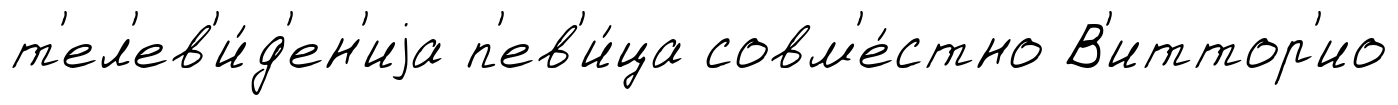
т'ел'ев'и́д'ен'иjа п'ев'и́ца совм'е́стно В'иттор'ио